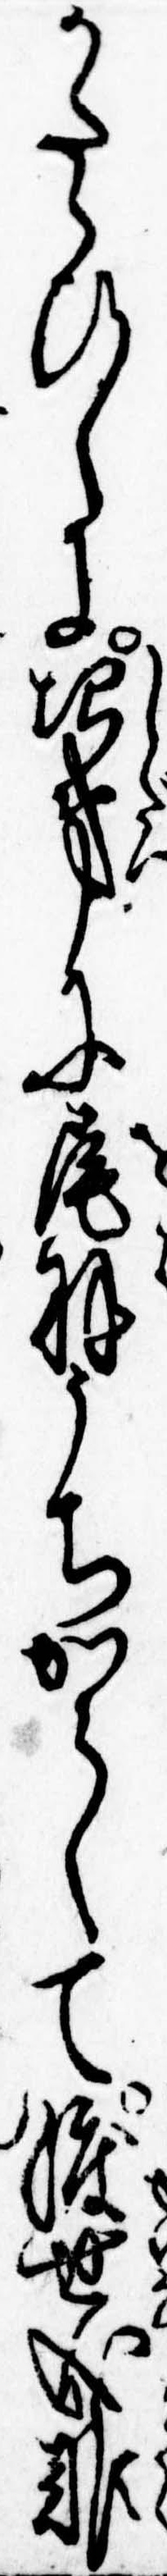
かたらひしに次第に尾羽うちからして渡世成難